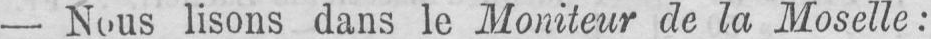
- Nous lisons dans le Moniteur de la Moselle: